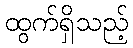
ထွက်ရှိသည့်